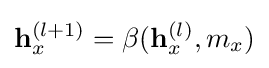
\mathbf {h} _{x}^{(l+1)}=\beta (\mathbf {h} _{x}^{(l)},m_{x})